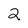
Character: 2